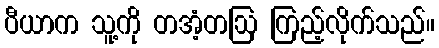
ပီယာက သူ့ကို တအံ့တဩ ကြည့်လိုက်သည်။